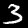
Label: 3